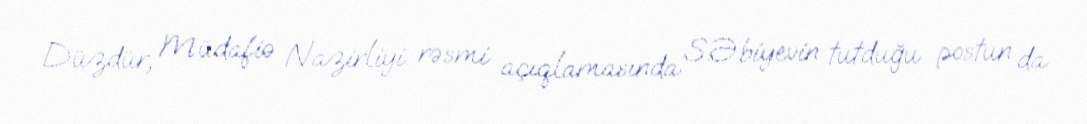
Düzdür, Müdafiə Nazirliyi rəsmi açıqlamasında S.Əbiyevin tutduğu postun da